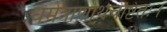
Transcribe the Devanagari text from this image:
धर्मत्राणार्थचेष्टितः।